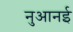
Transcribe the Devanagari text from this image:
नुआनई